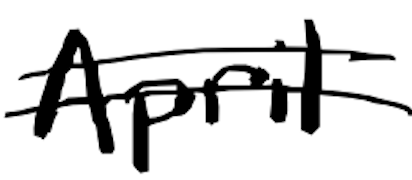
Text: April
Cross-out: double-line
Writing tool: digital_black